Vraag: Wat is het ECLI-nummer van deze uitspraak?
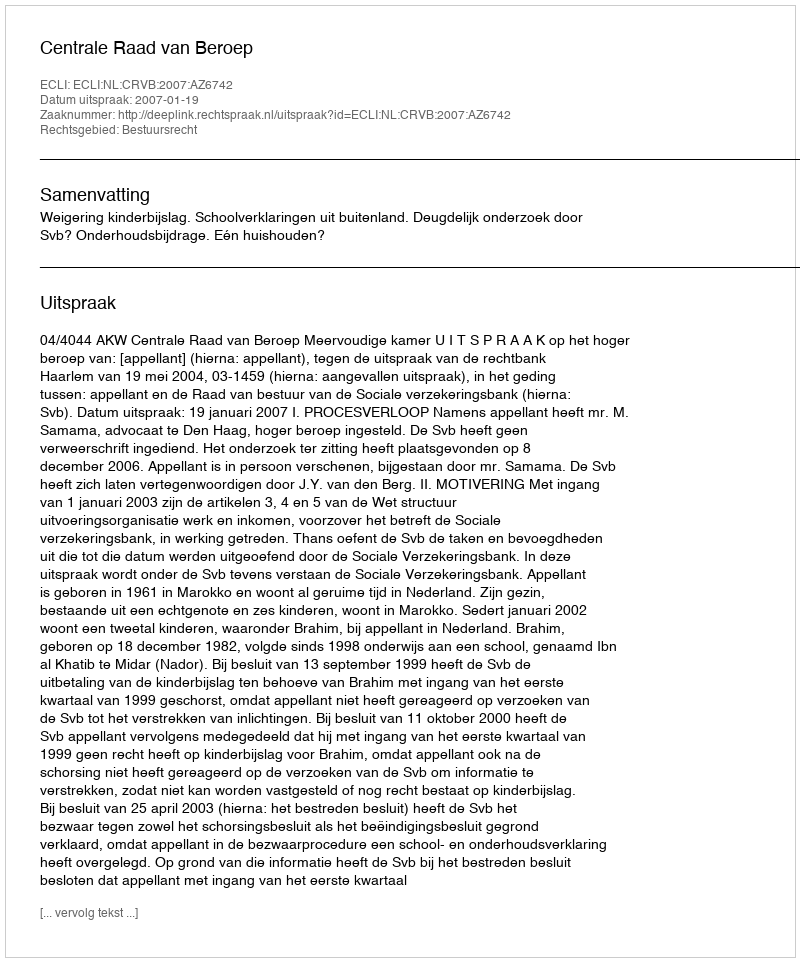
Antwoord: ECLI:NL:CRVB:2007:AZ6742